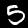
Label: 5